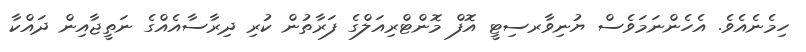
ހިމެނެއެވެ. އެހެންނަމަވެސް ޔުނިވާރސިޓީ އޮފް މޮންޓްރިއަލްގެ ފަރާތުން ކުރި ދިރާސާއެއްގެ ނަތީޖާއިން ދައްކާ